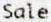
SALE